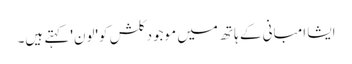
ایشا امبانی کے ہاتھ میں موجود کلش کو'لون' کہتے ہیں۔